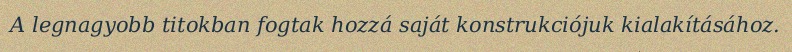
A legnagyobb titokban fogtak hozzá saját konstrukciójuk kialakításához.